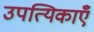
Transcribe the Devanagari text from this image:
उपत्यिकाएँ